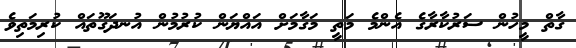
ގާތް މީހުން ސަރުކާރާގެ އެންމެ މަތީ މަގާމަށް އައްޔަން ކުރުމުން އުނދަގޫތައް ކުރިމަތިވެ